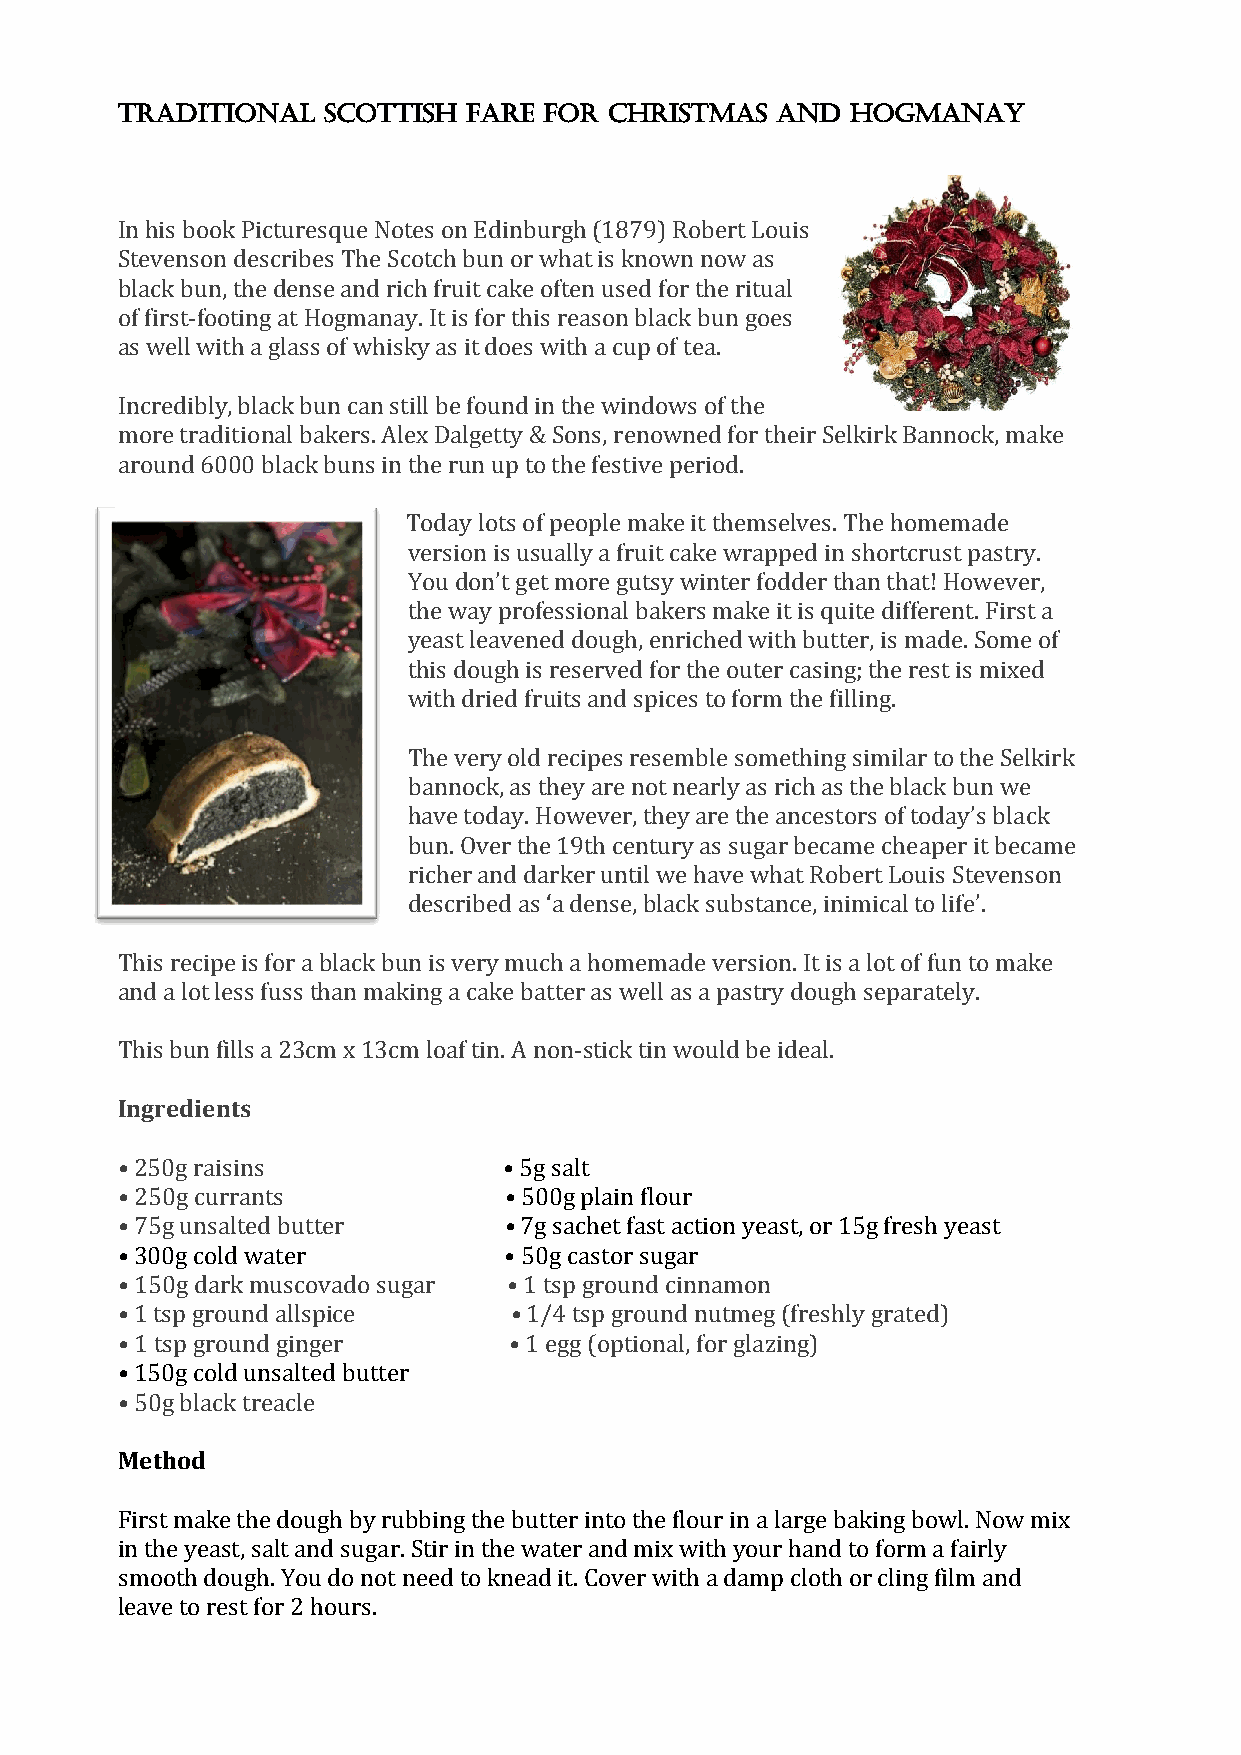
Traditional  Scottish  Fare for Christmas  and  Hogmanay
 In his book Picturesque Notes on Edinburgh (1879) Robert Louis
 Stevenson describes The Scotch bun or what is known now as
 black bun, the dense and rich fruit cake often used for the ritual
 of first-footing at Hogmanay. It is for this reason black bun goes
 as well with a glass of whisky as it does with a cup of tea.
 Incredibly, black bun can still be found in the windows of the
 more traditional bakers. Alex Dalgetty & Sons, renowned for their Selkirk Bannock, make
 around 6000 black buns in the run up to the festive period.
 Today lots of people make it themselves. The homemade
 version is usually a fruit cake wrapped in shortcrust pastry.
 You don’t get more gutsy winter fodder than that! However,
 the way professional bakers make it is quite different. First a
 yeast leavened dough, enriched with butter, is made. Some of
 this dough is reserved for the outer casing; the rest is mixed
 with dried fruits and spices to form the filling.
 The very old recipes resemble something similar to the Selkirk
 bannock, as they are not nearly as rich as the black bun we
 have today. However, they are the ancestors of today’s black
 bun. Over the 19th century as sugar became cheaper it became
 richer and darker until we have what Robert Louis Stevenson
 described as ‘a dense, black substance, inimical to life’.
 This recipe is for a black bun is very much a homemade version. It is a lot of fun to make
 and a lot less fuss than making a cake batter as well as a pastry dough separately.
 This bun fills a 23cm x 13cm loaf tin. A non-stick tin would be ideal.
 Ingredients
 • 250g raisins           • 5g salt
 • 250g currants          • 500g plain flour
 • 75g unsalted butter    • 7g sachet fast action yeast, or 15g fresh yeast
 • 300g cold water        • 50g castor sugar
 • 150g dark muscovado sugar • 1 tsp ground cinnamon
 • 1 tsp ground allspice   • 1/4 tsp ground nutmeg (freshly grated)
 • 1 tsp ground ginger     • 1 egg (optional, for glazing)
 • 150g cold unsalted butter
 • 50g black treacle
 Method
 First make the dough by rubbing the butter into the flour in a large baking bowl. Now mix
 in the yeast, salt and sugar. Stir in the water and mix with your hand to form a fairly
 smooth dough. You do not need to knead it. Cover with a damp cloth or cling film and
 leave to rest for 2 hours.